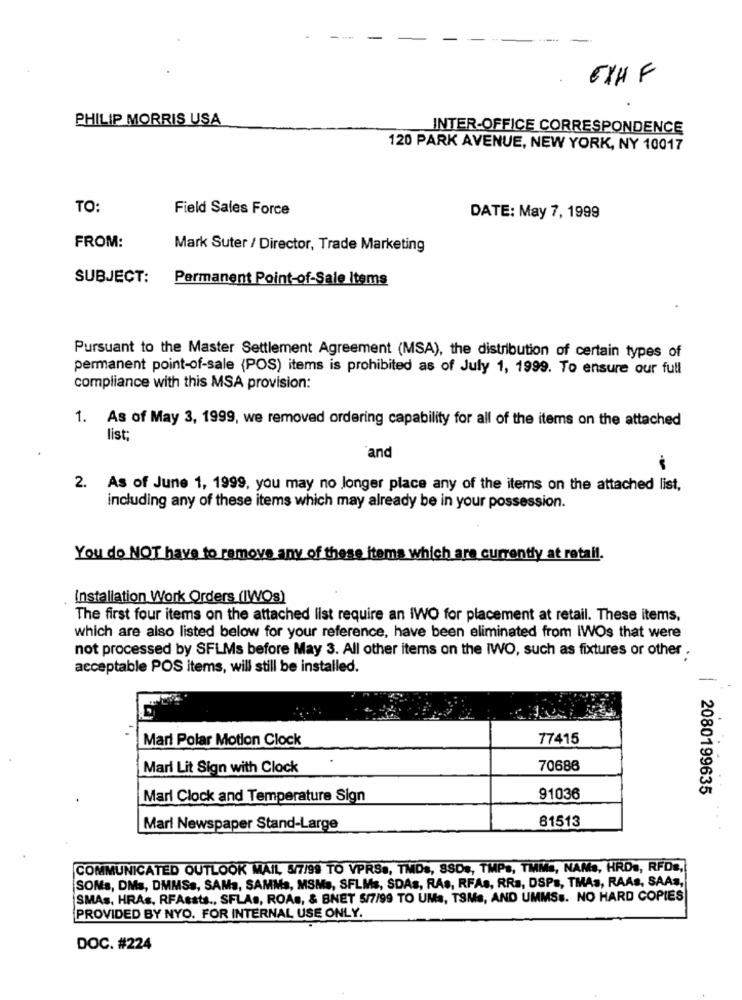
6XH F
PHILIP MORRIS USA
INTER-OFFICE CORRESPONDENCE
120 PARK AVENUE, NEW YORK, NY 10017
TO:
Field Sales Force
DATE: May 7, 1999
FROM:
Mark Suter / Director, Trade Marketing
SUBJECT:
Permanent Point-of-Sale Items
Pursuant to the Master Settlement Agreement (MSA), the distribution of certain types of
permanent point-of-sale (POS) items is prohibited as of July 1, 1999. To ensure our full
compliance with this MSA provision:
1. As of May 3, 1999, we removed ordering capability for all of the items on the attached
list;
and
2. As of June 1, 1999, you may no longer place any of the items on the attached list,
including any of these items which may already be in your possession.
You do NOT have to remove any of these items which are currently at retail.
Installation Work Orders (IWOs)
The first four items on the attached list require an IWO for placement at retail. These items,
which are also listed below for your reference, have been eliminated from IWOs that were
not processed by SFLMs before May 3. All other items on the IWO, such as fixtures or other .
acceptable POS items, will still be installed.
Mari Polar Motion Clock
77415
Marl Lit Sign with Clock
70686
| 2080199635
Marl Clock and Temperature Sign
91036
Mari Newspaper Stand-Large
61513
COMMUNICATED OUTLOOK MAIL 5/7/99 TO VPRSs, TMDs, SSDs, TMPs, TMMs, NAMs, HRD ., RFD :,
SOMs, DMs, DMMSs, SAMa, SAMMa, MSMs, SFLMs, SDAs, RAs, RFAs, RRa, DSPs, TMAs, RAAs, SAAs,
SMAs, HRAs. RFAests ., SFLAs, ROAs, & BNET 5/7/99 TO UMs, TSMs, AND UMMSs. NO HARD COPIES
PROVIDED BY NYO. FOR INTERNAL USE ONLY.
DOC. #224